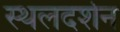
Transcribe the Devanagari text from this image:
स्थलदर्शन